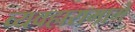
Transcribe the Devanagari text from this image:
व्यवहारामागे